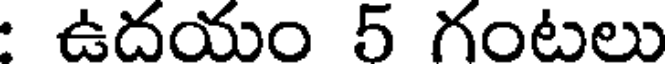
ఉదయం 5 గంటలు